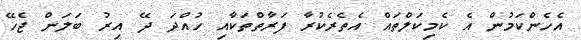
އެހެންކަމުން އެ ކެމިކަލްތައް އެތެރެކުރާ ފަރާތްތަކާއި ހުއްދަ ދޭ އިރު ބަލަން ޖެހޭ